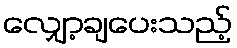
လျှော့ချပေးသည့်